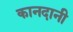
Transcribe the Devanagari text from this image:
कानदानी